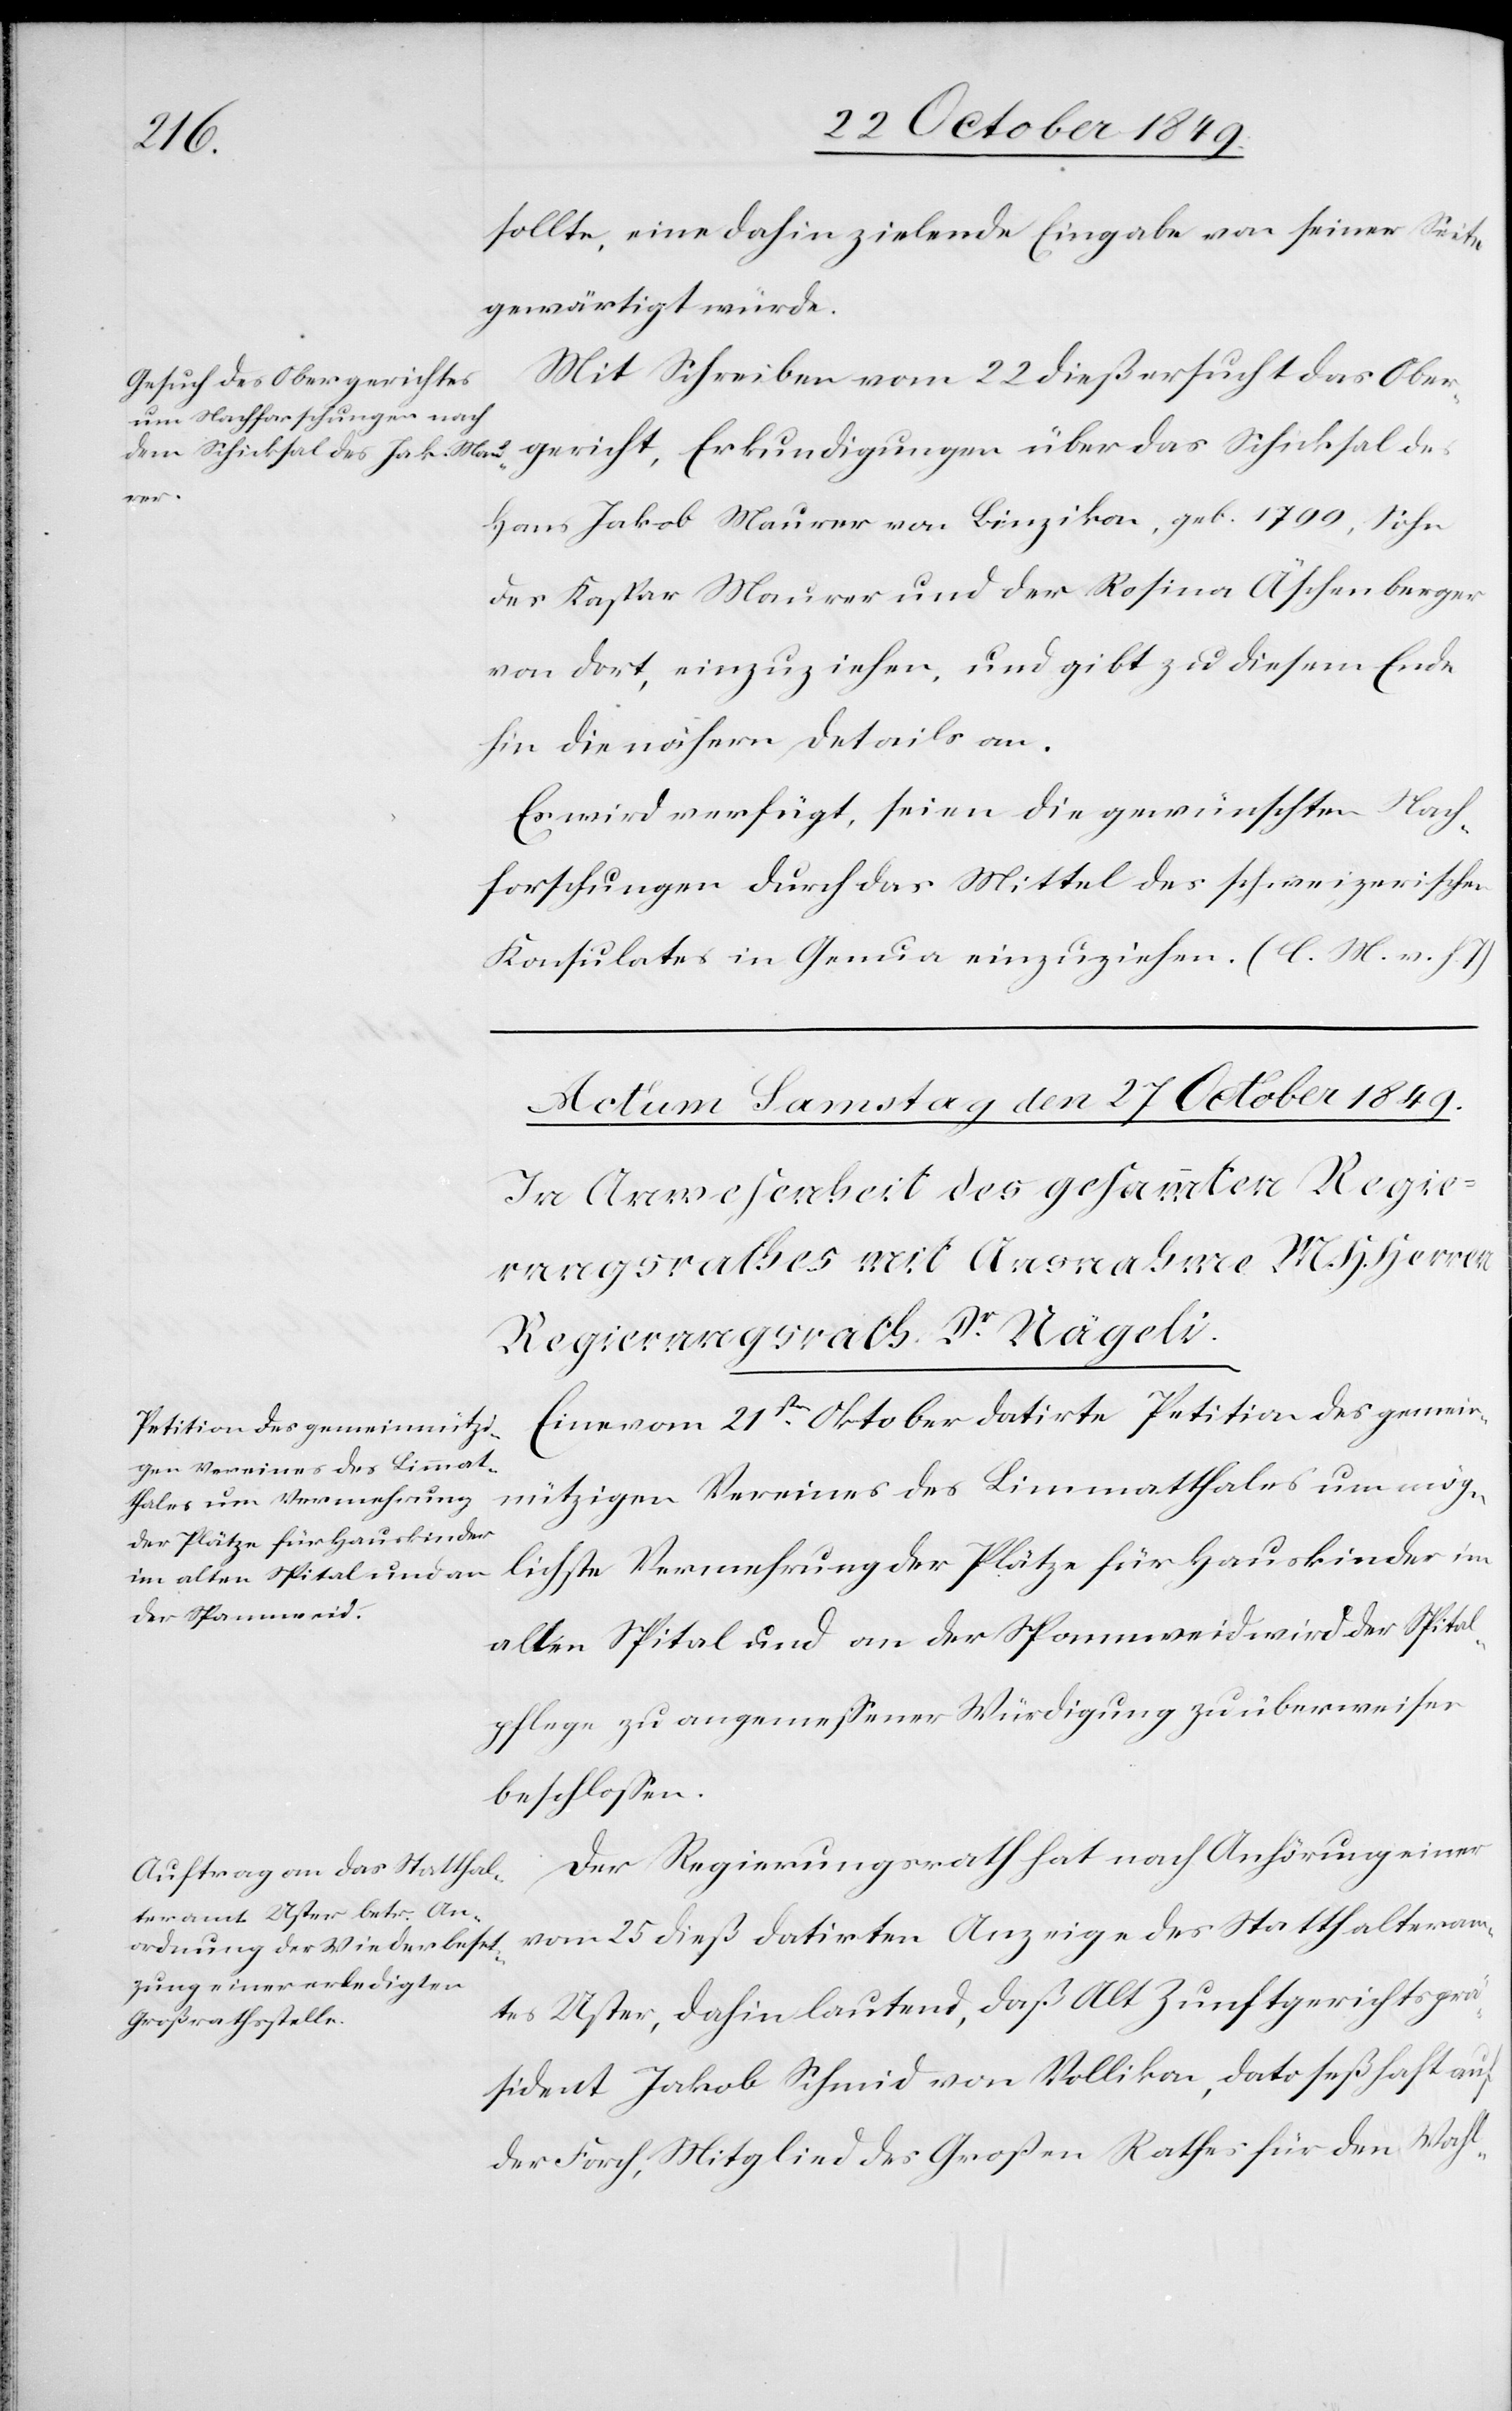
25 October 1849.]
sollte, eine dahin ziehende Eingabe von seiner Seite
gewärtigt würde.
Mit Schreiben vom 22 dieß ersucht das Ober¬
gericht, Erkundigungen über das Schicksal des
den
Hans Jakob Maurer von Binzikon, geb. 1799, Sohn
des Kaspar Maurer und der Rosina Äschenberger
von dort, einzuziehen, und gibt zu diesem Ende
hin die nähern Details an.
Es wird verfügt, seien die gewünschten Nach¬
forschungen durch das Mittel des schweizerischen
Konsulates in Genua einzuziehen. [l. M. v. h.
Eine vom 21sten Oktober datirte Petition des gemein¬
nützigen Vereines des Limmatthales um mög¬
lichste Vermehrung der Plätze für Hauskinder im
alten Spital und an der Spannweid wird der Spital¬
pflege zu angemeßener Würdigung zu überweisen
beschloßen.
Der Regierungsrath hat nach Anhörung einer
vom 25 dieß datirten Anzeige des Statthalteram¬
tes Uster, dahin lautend, daß Alt Zunftgerichtsprä¬
sident Jakob Schmid von Vollikon, dato seßhaft auf
der Forch, Mitglied des Großen Rathes für den Wahl-